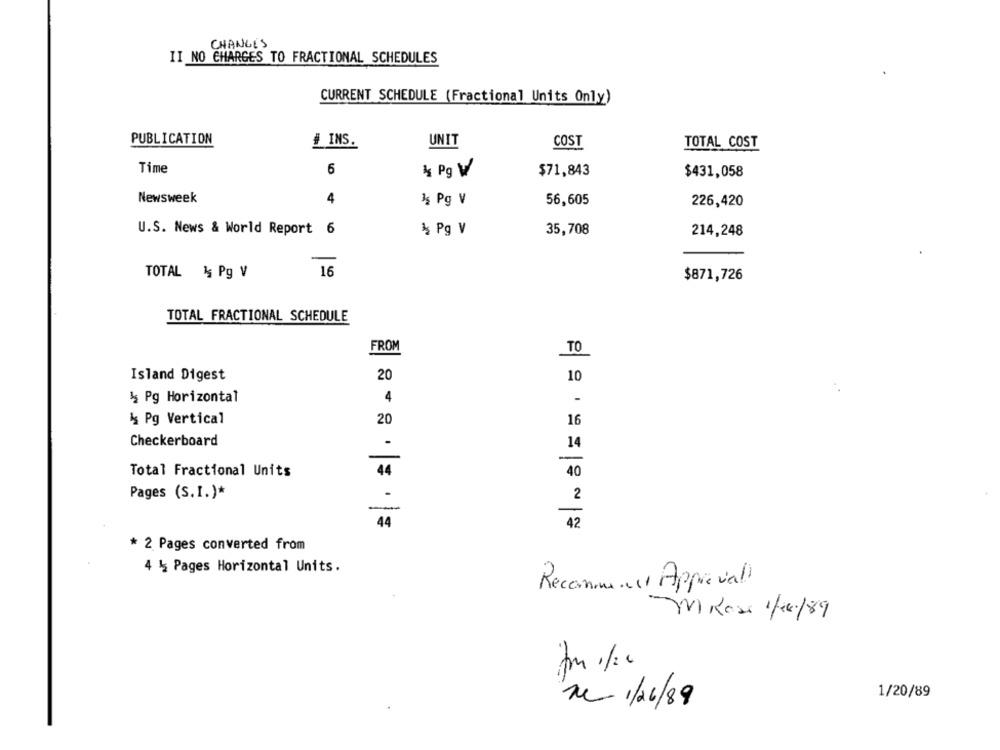
CHANGES
II NO CHARGES TO FRACTIONAL SCHEDULES
CURRENT SCHEDULE (Fractional Units Only)
PUBLICATION
# INS.
UNIT
COST
TOTAL COST
Time
6
* Pg V
$71,843
$431,058
Newsweek
4
3g Pg V
56,605
226,420
U.S. News & World Report 6
% Pg V
35,708
214,248
TOTAL % Pg V
16
$871,726
TOTAL FRACTIONAL SCHEDULE
FROM
TO
Island Digest
20
10
& Pg Horizontal
4
-
& Pg Vertical
20
16
Checkerboard
14
40
Total Fractional Units
Pages (S.I.)*
2
44
42
* 2 Pages converted from
4 % Pages Horizontal Units.
Recommence Approval
-m Kasi 1/fr/89
1/20/89
ne 1/26/89